Civil Veterinary Dept. Assam report 1927-50 - 1927-1950
Year: 1927
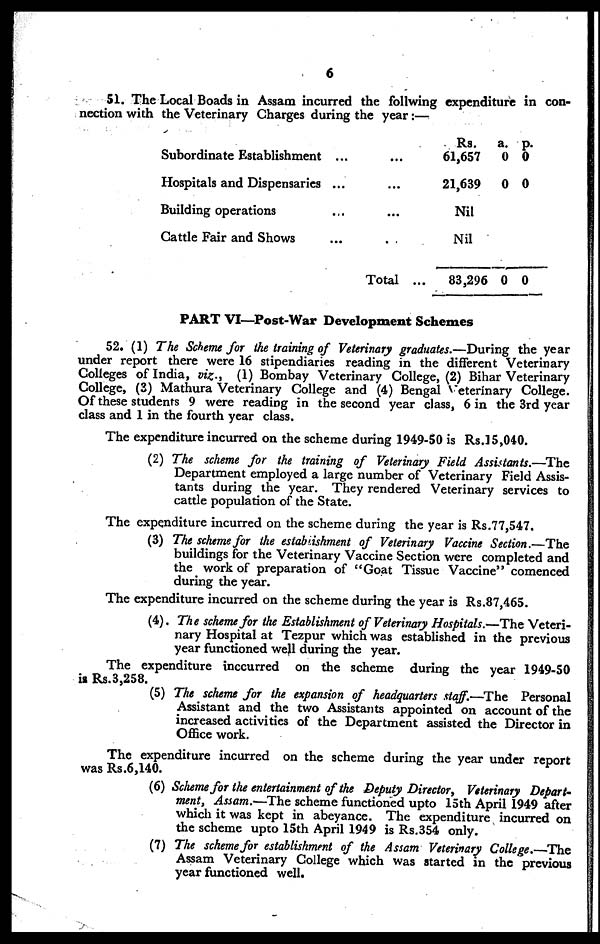
6
51. The Local Boads in Assam incurred the follwing expenditure in con-
nection with the Veterinary Charges during the year:—
Subordinate Establishment
Hospitals and Dispensaries
Building operations
Cattle Fair and Shows
...
...
...
...
...
...
...
..
Total ...
Rs.
61,657
21,639
Nil
Nil
83,296
a.
0
0
0
p.
0
0
0
PART VI-—Post-War Development Schemes
52. (1) The Scheme for the training of Veterinary graduates.—During the year
under report there were 16 stipendiaries reading in the different Veterinary
Colleges of India, viz., (1) Bombay Veterinary College, (2) Bihar Veterinary
College, (3) Mathura Veterinary College and (4) Bengal Veterinary College.
Of these students 9 were reading in the second year class, 6 in the 3rd year
class and 1 in the fourth year class.
The expenditure incurred on the scheme during 1949-50 is Rs.15,040.
(2) The scheme for the training of Veterinary Field Assistants.—The
Department employed a large number of Veterinary Field Assis-
tants during the year. They rendered Veterinary services to
cattle population of the State.
The expenditure incurred on the scheme during the year is Rs.77,547.
(3) The scheme for the establishment of Veterinary Vaccine Section.—The
buildings for the Veterinary Vaccine Section were completed and
the work of preparation of "Goat Tissue Vaccine" comenced
during the year.
The expenditure incurred on the scheme during the year is Rs.87,465.
(4) The scheme for the Establishment of Veterinary Hospitals.—The Veteri-
nary Hospital at Tezpur which was established in the previous
year functioned well during the year.
The expenditure inccurred on the scheme during the year 1949-50
is Rs.3,258.
(5) The scheme for the expansion of headquarters staff.—The Personal
Assistant and the two Assistants appointed on account of the
increased activities of the Department assisted the Director in
Office work.
The expenditure incurred on the scheme during the year under report
was Rs.6,140.
(6) Scheme for the entertainment of the Deputy Director, Veterinary Depart-
ment, Assam.—The scheme functioned upto 15th April 1949 after
which it was kept in abeyance. The expenditure incurred on
the scheme upto 15th April 1949 is Rs.354 only.
(7) The scheme for establishment of the Assam Veterinary College.—The
Assam Veterinary College which was started in the previous
year functioned well.